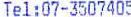
TEL:07-3507405